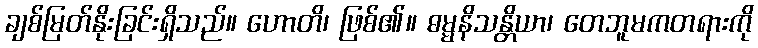
ချစ်မြတ်နိုးခြင်းရှိသည်။ ဟောတိ၊ ဖြစ်၏။ ဓမ္မနိသန္တိယာ၊ တေဘူမကတရားကို